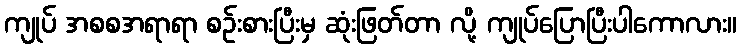
ကျုပ် အစစအရာရာ စဉ်းစားပြီးမှ ဆုံးဖြတ်တာ လို့ ကျုပ်ပြောပြီးပါကောလား။